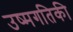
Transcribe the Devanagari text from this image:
उष्मगतिकी